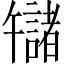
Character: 𫧬